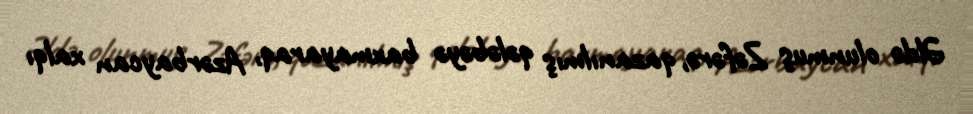
Əldə olunmuş Zəfərə, qazanılmış qələbəyə baxmayaraq, Azərbaycan xalqı